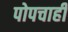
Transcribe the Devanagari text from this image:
पोपचाही